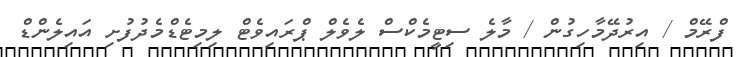
ފްރޭމް / އިރުދޭމާހިގުން / މާލެ ސިޓީމެކްސް ލެވެލް ޕްރައިވެޓް ލިމިޓެޑްމެދުފުށި އައިލެންޑް